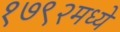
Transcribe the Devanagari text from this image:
१७९२मध्ये